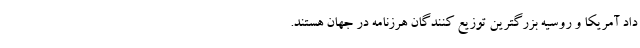
داد آمریکا و روسیه بزرگترین توزیع کنندگان هرزنامه در جهان هستند.